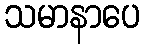
သမာနာပေ